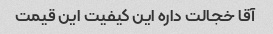
آقا خجالت داره این کیفیت این قیمت